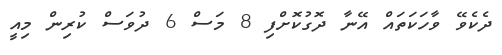
ދެކެވޭ ވާހަކަތައް އޭނާ ދޮގުކޮށްފި 8 މަސް 6 ދުވަސް ކުރިން މިއީ